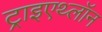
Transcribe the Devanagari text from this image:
ट्राइएथ्लॉन